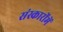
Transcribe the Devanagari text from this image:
संस्कारोंमें